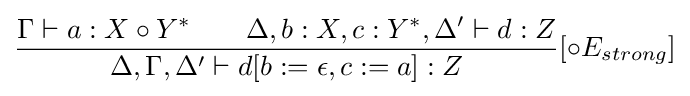
{\frac {\Gamma \vdash a:X\circ Y^{*}\qquad \Delta ,b:X,c:Y^{*},\Delta '\vdash d:Z}{\Delta ,\Gamma ,\Delta '\vdash d[b:=\epsilon ,c:=a]:Z}}[\circ E_{strong}]